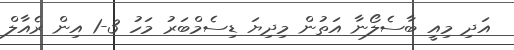
އަދި މިއީ ބާސެލޯނާ އަތުން މިދިޔަ ޑިސެމްބަރު މަހު 3-1 އިން ރެއާލް